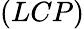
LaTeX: (LCP)